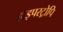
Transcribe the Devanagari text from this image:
हाइपरट्रोपि